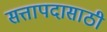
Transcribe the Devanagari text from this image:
सत्तापदासाठी